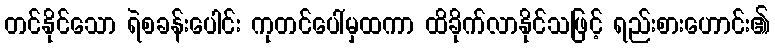
တင်နိုင်သော ရဲစခန်းပေါင်း ကုတင်ပေါ်မှထကာ ထိခိုက်လာနိုင်သဖြင့် ရည်းစားဟောင်း၏